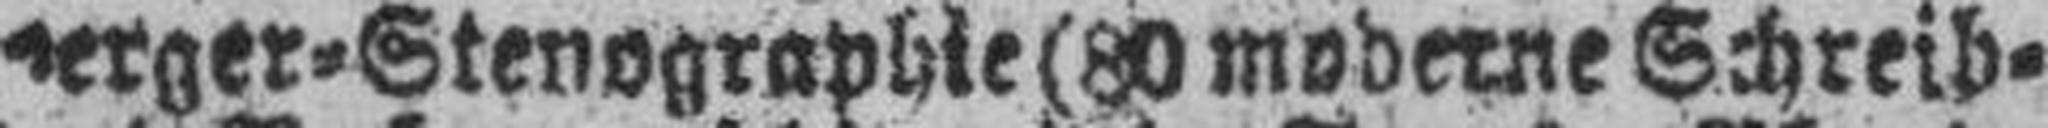
berger=Stenographie (80 moderne Schreib=